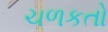
ચળકતો